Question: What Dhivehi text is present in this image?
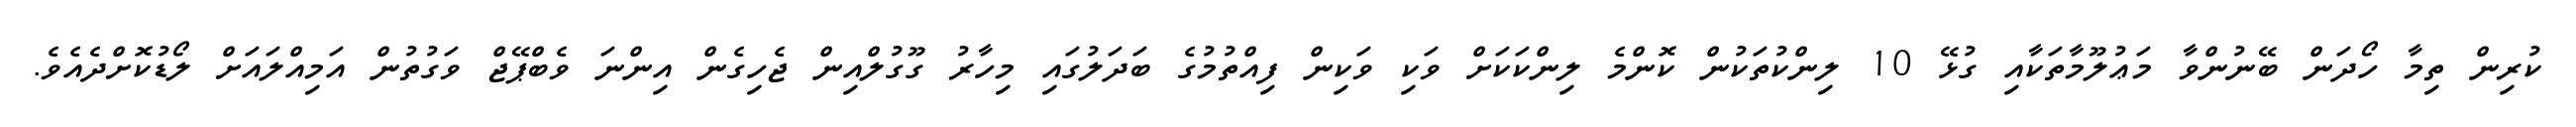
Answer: ކުރިން ތިމާ ހޯދަން ބޭނުންވާ މަޢުލޫމާތަކާއި ގުޅޭ 10 ލިންކުތަކުން ކޮންމެ ލިންކަކަށް ވަކި ވަކިން ފިއްތުމުގެ ބަދަލުގައި މިހާރު ގޫގުލްއިން ޖެހިގެން އިންނަ ވެބްޕޭޖް ވަގުތުން އަމިއްލައަށް ލޯޑުކޮށްދެއެވެ.